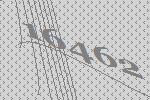
16462